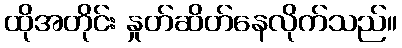
ထိုအတိုင်း နှုတ်ဆိတ်နေလိုက်သည်။